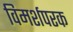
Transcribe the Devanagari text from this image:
विमर्शपरक